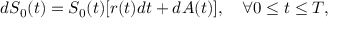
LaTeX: d S _ { 0 } ( t ) = S _ { 0 } ( t ) [ r ( t ) d t + d A ( t ) ] , \quad \forall 0 \leq t \leq T ,